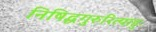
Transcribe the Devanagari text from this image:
निषिद्धगुरुरित्याहुः